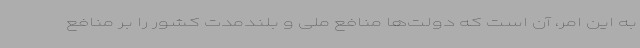
به این امر، آن است که دولت‌ها منافع ملی و بلندمدت کشور را بر منافع